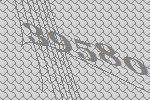
39580